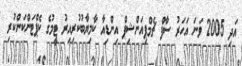
އަދި 2005 ވަނަ އަހަރު ސާފް ޗެމްޕިއަންޝިޕް އިންޑިއާ ކާމިޔާބުކުރިއިރު ޓީމުގެ ކެޕްޓަންކަންކުރި